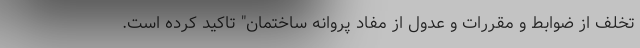
تخلف از ضوابط و مقررات و عدول از مفاد پروانه ساختمان" تاکید کرده است.